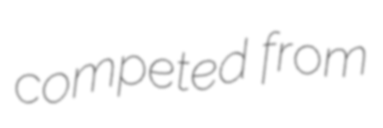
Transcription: competed from